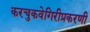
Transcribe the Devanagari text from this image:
करचुकवेगिरीप्रकरणी